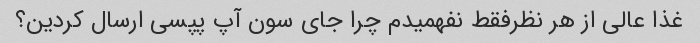
غذا عالی از هر نظرفقط نفهمیدم چرا جای سون آپ پپسی ارسال کردین؟